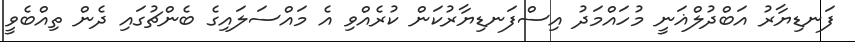
ފަނޑިޔާރު އަބްދުލްޣަނީ މުހައްމަދު އިސްފަނޑިޔާރުކަން ކުރެއްވި އެ މައްސަލައިގެ ބެންޗުގައި ދެން ތިއްބެވީ